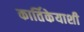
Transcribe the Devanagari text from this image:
कार्तिकेयाशी